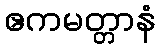
ဧကမတ္တာနံ